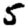
Digit: 5